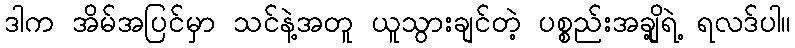
ဒါက အိမ်အပြင်မှာ သင်နဲ့အတူ ယူသွားချင်တဲ့ ပစ္စည်းအချို့ရဲ့ ရလဒ်ပါ။